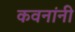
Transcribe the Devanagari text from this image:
कवनांनी